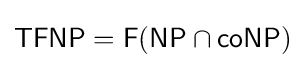
{\mathsf {TFNP}}={\mathsf {F}}({\mathsf {NP}}\cap {\mathsf {coNP}})